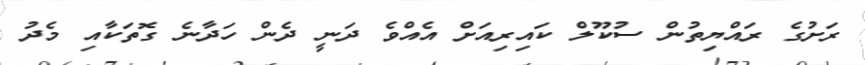
ރަށުގެ ރައްޔިތުން ސުކޫލް ކައިރިއަށް އެއްވެ ދަނީ ދެން ހަދާނެ ގޮތަކާއި މެދު